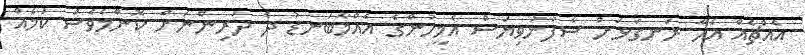
އެއްޗެއް އެހާ ރަނގަޅަށް ސާފުނުވިޔަސް އެމީހުންގެ އެއްމާބަނޑު ދެ ދަރިންނަށް ކޮންމެވެސް ކަމެއް